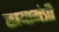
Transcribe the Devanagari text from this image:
छायामंत्री